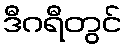
ဒီဂရီတွင်